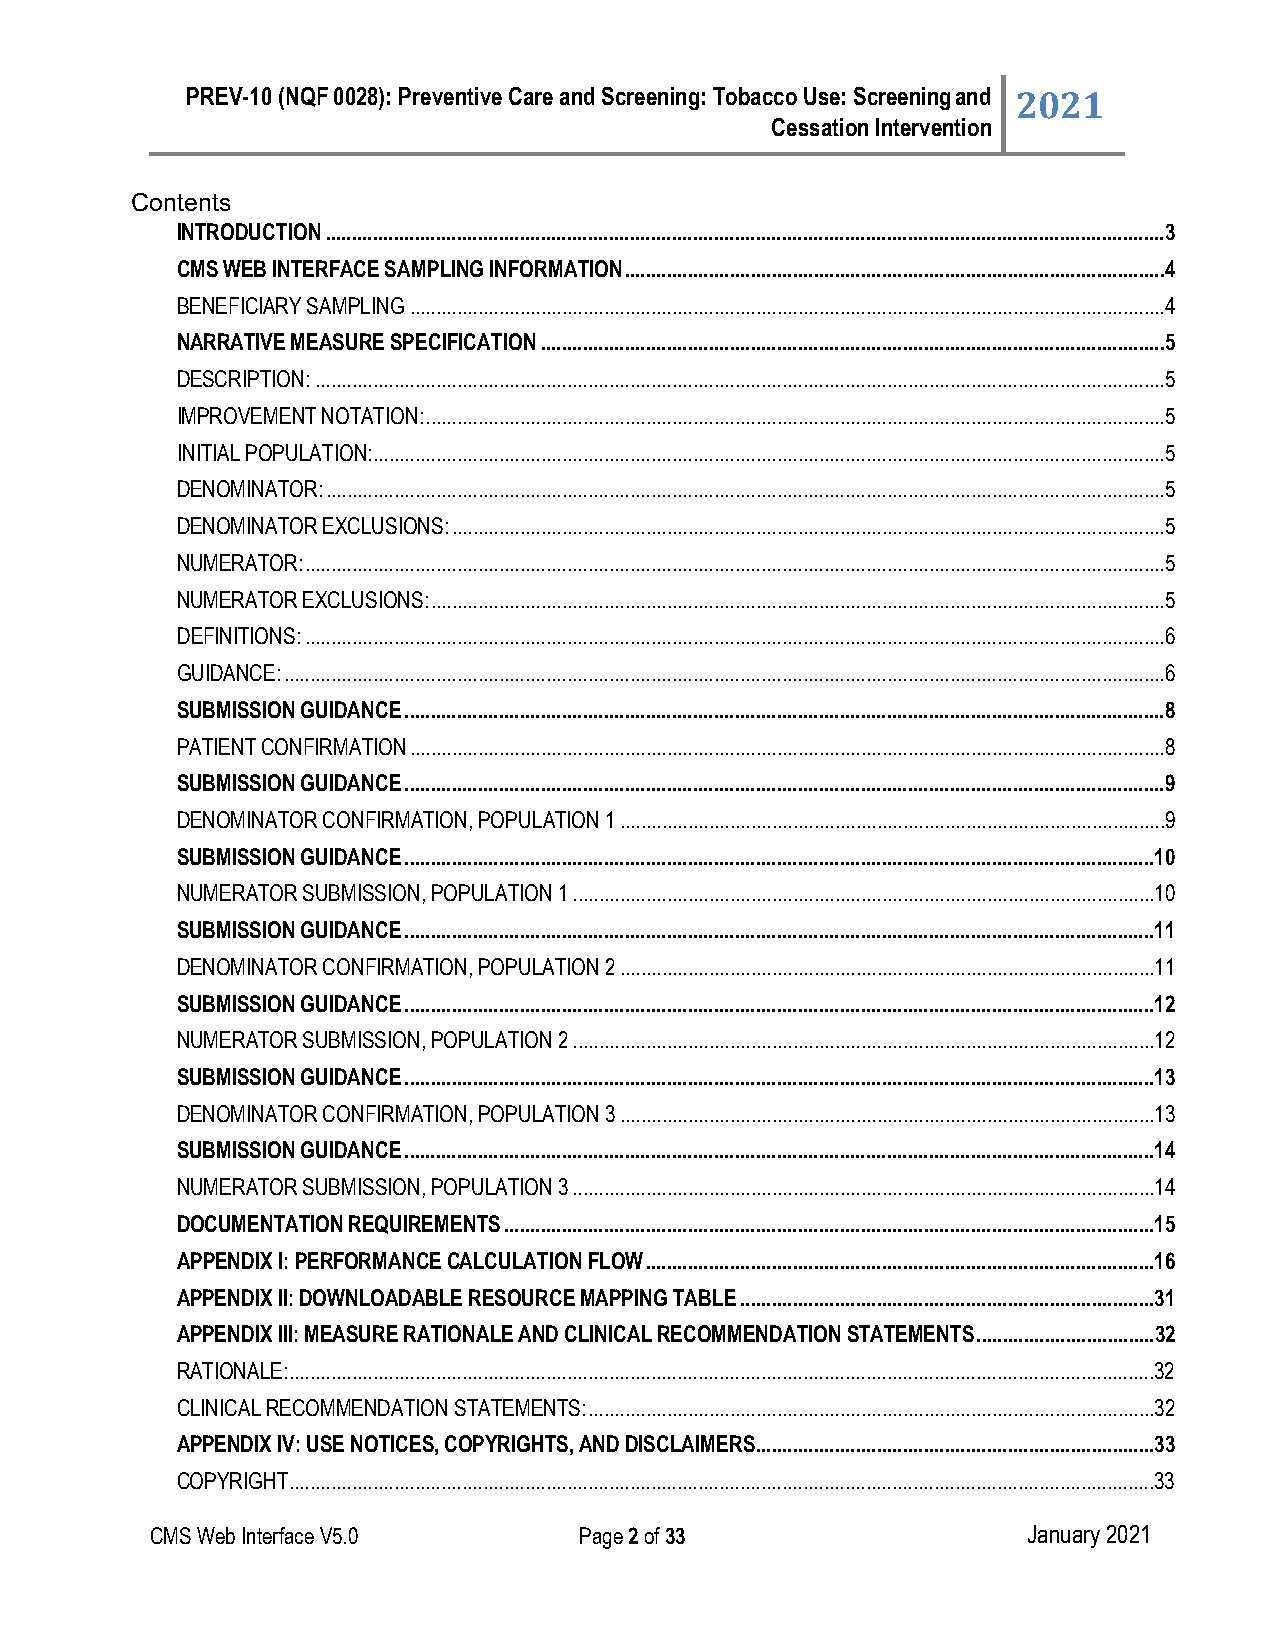
PREV-10 (NQF 0028): Preventive Care and Screening: Tobacco Use: Screening and 2021
 Cessation Intervention
 Contents
 INTRODUCTION ................................................................................................................................................................3
 CMS WEB INTERFACE SAMPLING INFORMATION .......................................................................................................4
 BENEFICIARY SAMPLING ................................................................................................................................................4
 NARRATIVE MEASURE SPECIFICATION .......................................................................................................................5
 DESCRIPTION: ..................................................................................................................................................................5
 IMPROVEMENT NOTATION: .............................................................................................................................................5
 INITIAL POPULATION: .......................................................................................................................................................5
 DENOMINATOR: ................................................................................................................................................................5
 DENOMINATOR EXCLUSIONS: ........................................................................................................................................5
 NUMERATOR: ....................................................................................................................................................................5
 NUMERATOR EXCLUSIONS: ............................................................................................................................................5
 DEFINITIONS: ....................................................................................................................................................................6
 GUIDANCE: ........................................................................................................................................................................6
 SUBMISSION GUIDANCE .................................................................................................................................................8
 PATIENT CONFIRMATION ................................................................................................................................................8
 SUBMISSION GUIDANCE .................................................................................................................................................9
 DENOMINATOR CONFIRMATION, POPULATION 1 ........................................................................................................9
 SUBMISSION GUIDANCE ...............................................................................................................................................10
 NUMERATOR SUBMISSION, POPULATION 1 ...............................................................................................................10
 SUBMISSION GUIDANCE ...............................................................................................................................................11
 DENOMINATOR CONFIRMATION, POPULATION 2 ......................................................................................................11
 SUBMISSION GUIDANCE ...............................................................................................................................................12
 NUMERATOR SUBMISSION, POPULATION 2 ...............................................................................................................12
 SUBMISSION GUIDANCE ...............................................................................................................................................13
 DENOMINATOR CONFIRMATION, POPULATION 3 ......................................................................................................13
 SUBMISSION GUIDANCE ...............................................................................................................................................14
 NUMERATOR SUBMISSION, POPULATION 3 ...............................................................................................................14
 DOCUMENTATION REQUIREMENTS ............................................................................................................................15
 APPENDIX I: PERFORMANCE CALCULATION FLOW .................................................................................................16
 APPENDIX II: DOWNLOADABLE RESOURCE MAPPING TABLE ...............................................................................31
 APPENDIX III: MEASURE RATIONALE AND CLINICAL RECOMMENDATION STATEMENTS ..................................32
 RATIONALE:.....................................................................................................................................................................32
 CLINICAL RECOMMENDATION STATEMENTS: ............................................................................................................32
 APPENDIX IV: USE NOTICES, COPYRIGHTS, AND DISCLAIMERS ............................................................................33
 COPYRIGHT.....................................................................................................................................................................33
 CMS Web Interface V5.0      Page 2 of 33                  January 2021